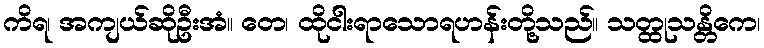
ကိရ၊ အကျယ်ဆိုဦးအံ။ တေ၊ ထိုငါးရာသောရဟန်းတို့သည်။ သတ္ထုသန္တိကေ၊